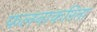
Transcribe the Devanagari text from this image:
फलनाकरिता